Scottish Certificate of Education, 1963
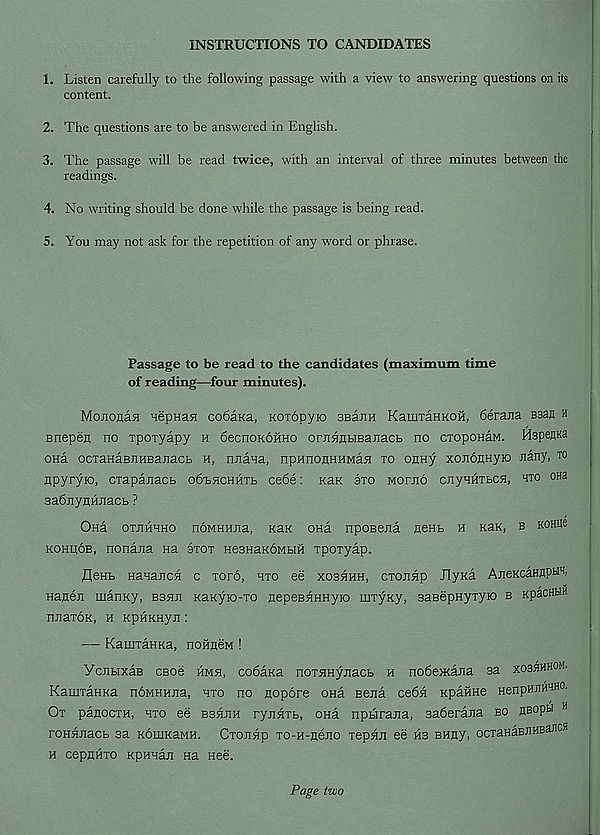
INSTRUCTIONS TO CANDIDATES
1. Listen carefully to the following passage with a view to answering questions on its
content.
2. The questions are to be answered in English.
3. The passage will be read twice, with an interval of three minutes between the
readings.
4. No writing should be done while the passage is being read.
5. You may not ask for the repetition of any word or phrase.
Passage to be read to the candidates (maximum time
of reading—four minutes).
Monona^ nepHajt cobaKa, Koiopyio SBann KamraHKOH, 6erajia B3an h
Biropen no rpoxyapy h 6ecnoKOHHO orjinnHBanacB no cxopoHaM. Hspenna
ona ocraHaBJiHBanacB h, nnana, npHnonHunafl to onny xononnyio nany, to
npyryro, CTapanacb obbHCHHTt ce6e: nan axo worno onyHHXBCH, hto ona
sabjiynHnacb ?
Ona otjihhho noMHHna, KaK ona nposena nent h Kan, b KOHite
kohiiob, nonana na stot HesnaKOMbiH xpoxyap.
flenb Hanajicfl c xoro, hto ee xoshhh, cxonap JlyKa AneKcaHnpH'h
Hanen manxy, B35UI KaKyro-xo nepeBHHHyio luxyKy, saBepHyxyio b KpacHtiH
nnaxoK, h KpHKHyn:
— KamxaHKa, noiineM !
VcnbixaB cBoe hmh, co6aKa noTHnynacb h no6e>KaJia sa xoshhhom.
KamxaHKa noMHuna, hto no nopore ona Bena ce6n KpaHHe HenpHnntHO.
Ot panocxH, hto ee bbhjih rynHTb, ona npbirajia, saderana bo nBOpu H
roHHnacb sa KouiKaMH. Ctojihp xo-H-neno xepHji ee ns BHny, ocxaHaBnuBancs
h cepnnxo KpHHan na nee.
Page two